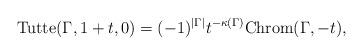
LaTeX: \begin{gather*}{\rm Tutte}(\Gamma,1+t,0)= {(-1)^{|\Gamma|}} {t^{-\kappa(\Gamma)}}{\rm Chrom}(\Gamma,-t),\end{gather*}